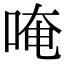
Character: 唵